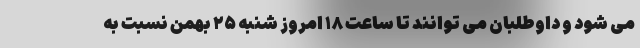
می شود و داوطلبان می توانند تا ساعت ۱۸ امروز شنبه ۲۵ بهمن نسبت به